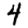
Digit: 4